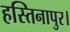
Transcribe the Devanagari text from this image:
हस्तिनापुर।